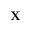
\textbf { X }